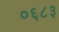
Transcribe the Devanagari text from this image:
०६८३